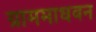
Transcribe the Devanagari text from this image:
ग्राममाधवन